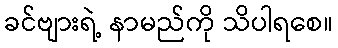
ခင်ဗျားရဲ့ နာမည်ကို သိပါရစေ။